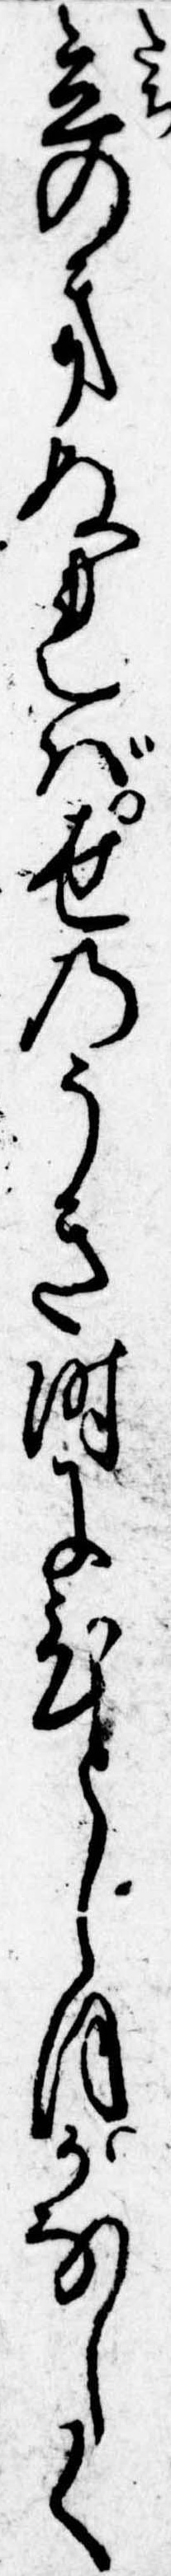
立のきぬれば世のうき時にひとしほかなしく